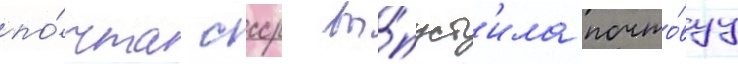
по́чта ссср вы́пуст'ила почто́вуу